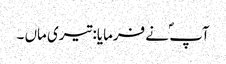
آپ ؐ نے فرمایا: تیری ماں ۔